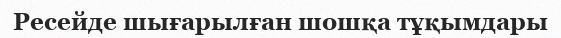
Ресейде шығарылған шошқа тұқымдары